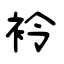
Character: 袊